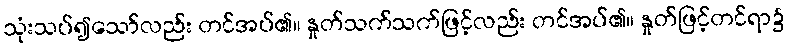
သုံးသပ်၍သော်လည်း တင်အပ်၏။ နှုတ်သက်သက်ဖြင့်လည်း တင်အပ်၏။ နှုတ်ဖြင့်တင်ရာ၌